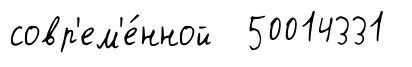
совр'ем'е́нной 50014331